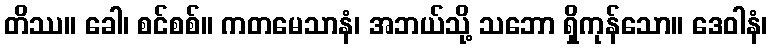
တိဿ။ ခေါ၊ စင်စစ်။ ကတမေသာနံ၊ အဘယ်သို့ သဘော ရှိကုန်သော။ ဒေဝါနံ၊